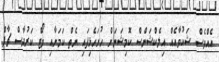
އެއްވެސް ޝަކުވާއެއް އިލެކްޝަންސް ކޮމިޝަނަށް ހުށަހެޅިފައި ނެތް ކަމަށާއި ވޯޓް ކަރުދާސް ޗާޕް